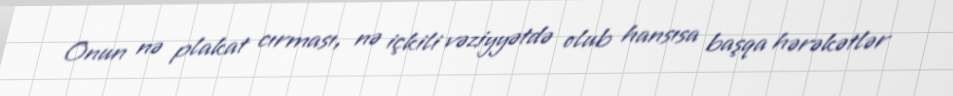
Onun nə plakat cırması, nə içkili vəziyyətdə olub hansısa başqa hərəkətlər